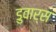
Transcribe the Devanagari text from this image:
डुवार्स